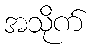
အသိုက်